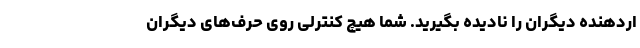
اردهنده دیگران را نادیده بگیرید. شما هیچ کنترلی روی حرف‌های دیگران